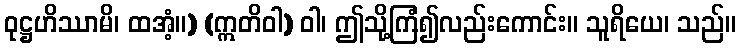
ဝုဋ္ဌဟိဿာမိ၊ ထအံ့။) (ဣတိဝါ) ဝါ၊ ဤသို့ကြံ၍လည်းကောင်း။ သူရိယေ၊ သည်။